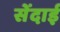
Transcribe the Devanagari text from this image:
सेंदाई